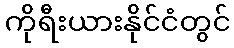
ကိုရီးယားနိုင်ငံတွင်